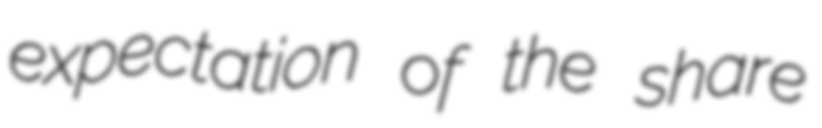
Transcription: expectation of the share